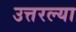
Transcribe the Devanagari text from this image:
उत्तरल्या